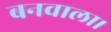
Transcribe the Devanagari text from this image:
बनवाला।